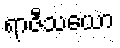
ရာဇီသယော